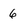
Character: 6